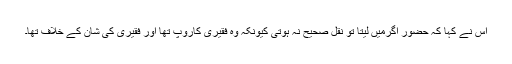
اس نے کہا کہ حضور اگرمیں لیتا تو نقل صحیح نہ ہوتی کیونکہ وہ فقیری کاروپ تھا اور فقیری کی شان کے خلاف تھا۔